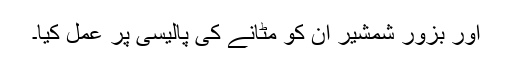
اور بزور شمشیر ان کو مٹانے کی پالیسی پر عمل کیا۔